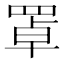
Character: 罩